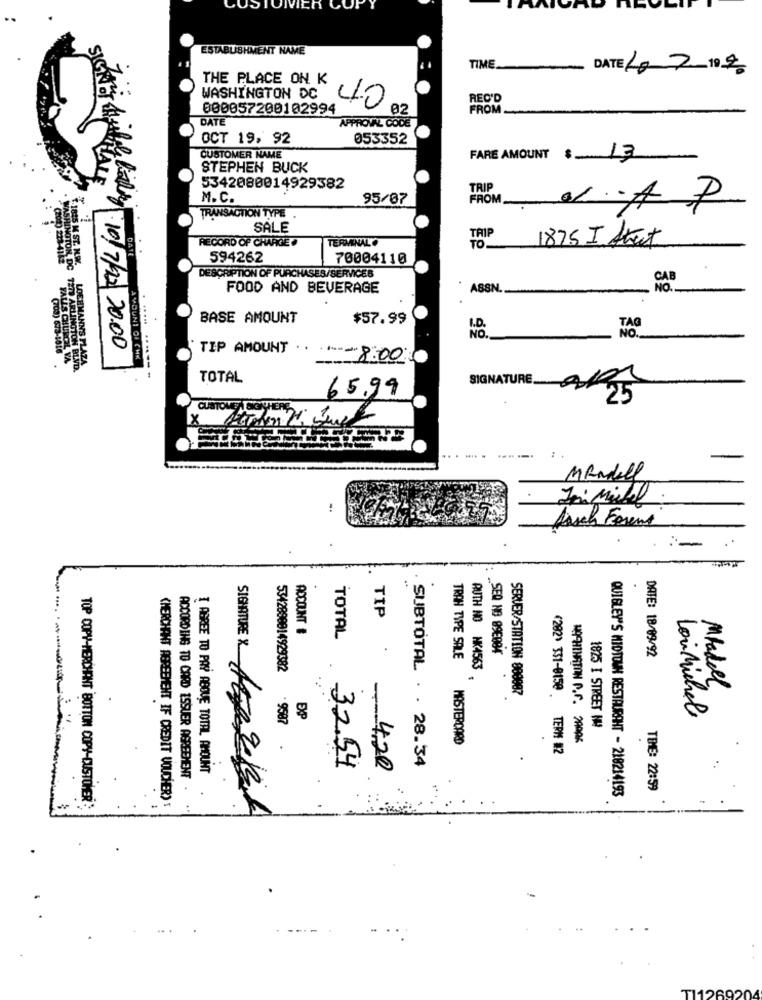
CUSTOMER CO
ESTABLISHMENT NAME
TIME.
DATE 10 2 10 2
THE PLACE ON K
WASHINGTON DC
REC'D
000057200102994
40
02
FROM
DATE
APPROVAL CODE
OCT 19, 92
053352
CUSTOMER NAME
FARE AMOUNT
$ 13
STEPHEN BUCK
HALE
5342080014929382
TRIP
M. C.
95/07
FROM
TRANSACTION TYPE
1.A.P
SALE
TERMINALO
TRIP
1875 I Street
RECORD OF CHARGE .
594262
70004110
DESCRIPTION OF PURCHASES/SERVICES
CAB
FOOD AND BEVERAGE
ASSN.
. .....
BASE AMOUNT
$57.99
:10/7/2 20.00
TIP AMOUNT
AMOUNT OF CHK
.- 8.00
------
TOTAL
SIGNATURE.
65.99
CUSTOMEN SONTHERE
x
-----.
MANdell
Arsch Forent
TIP
ACCOUNT #
TOTAL
SEQ NB 896084
DATE: 18/09/92
TRAN TYPE SALE
5342898914929382
AUTH NO NK4563 .
SERVER/STATION 888887
Madel
-9587
EXP
1825 I STREET IA
LoiMichel
MASTERCARD
HOCHIHATON A.F. 29006
N
(282> 331-0150 TERM #2
SUBTOTAL . . 28.34
I AGREE TO PAY ABQUE TOTAL AMOUNT
32.54
420
ACCORDING TO CARD ISSUER AGREEMENT .
THE: 22:59
TOP COPY-MERCHANT BOTTOM COPY-CUSTOMER:
CHERCHANT AGREEMENT IF CREDIT VOUCHER)
QUIGLEY'S MIDTOWN RESTAURANT - 218214193
.
112692